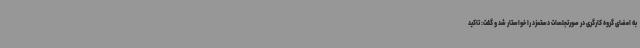
به امضای گروه کارگری در صورتجلسات دستمزد را خواستار شد و گفت: تاکید